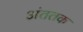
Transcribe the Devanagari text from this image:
अंततक